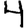
Digit: 4